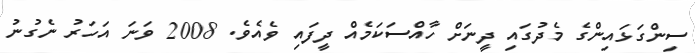
ސިންގަޅައިންގެ މެދުގައި ދީނަށް ހާއްސަކަމެއް ދީފައި ވެއެވެ. 2008 ވަނަ އަހަރު ނެގުނު